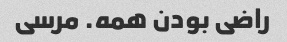
راضی بودن همه. مرسی